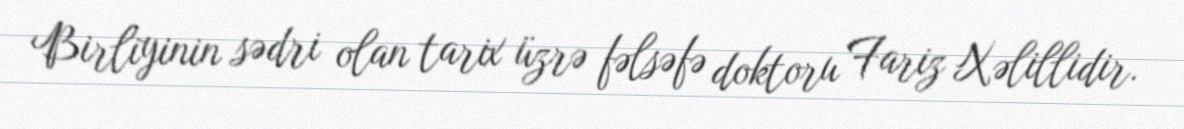
Birliyinin sədri olan tarix üzrə fəlsəfə doktoru Fariz Xəlillidir.